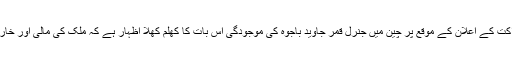
سعودی عرب کی سی پیک میں شراکت کے اعلان کے موقع پر چین میں جنرل قمر جاوید باجوہ کی موجودگی اس بات کا کھلم کھلا اظہار ہے کہ ملک کی مالی اور خارجہ پالیسی کہاں طے کی جائے گی۔